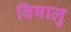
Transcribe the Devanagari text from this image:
विषालु